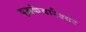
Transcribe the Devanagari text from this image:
वृद्धकेदारेश्वर